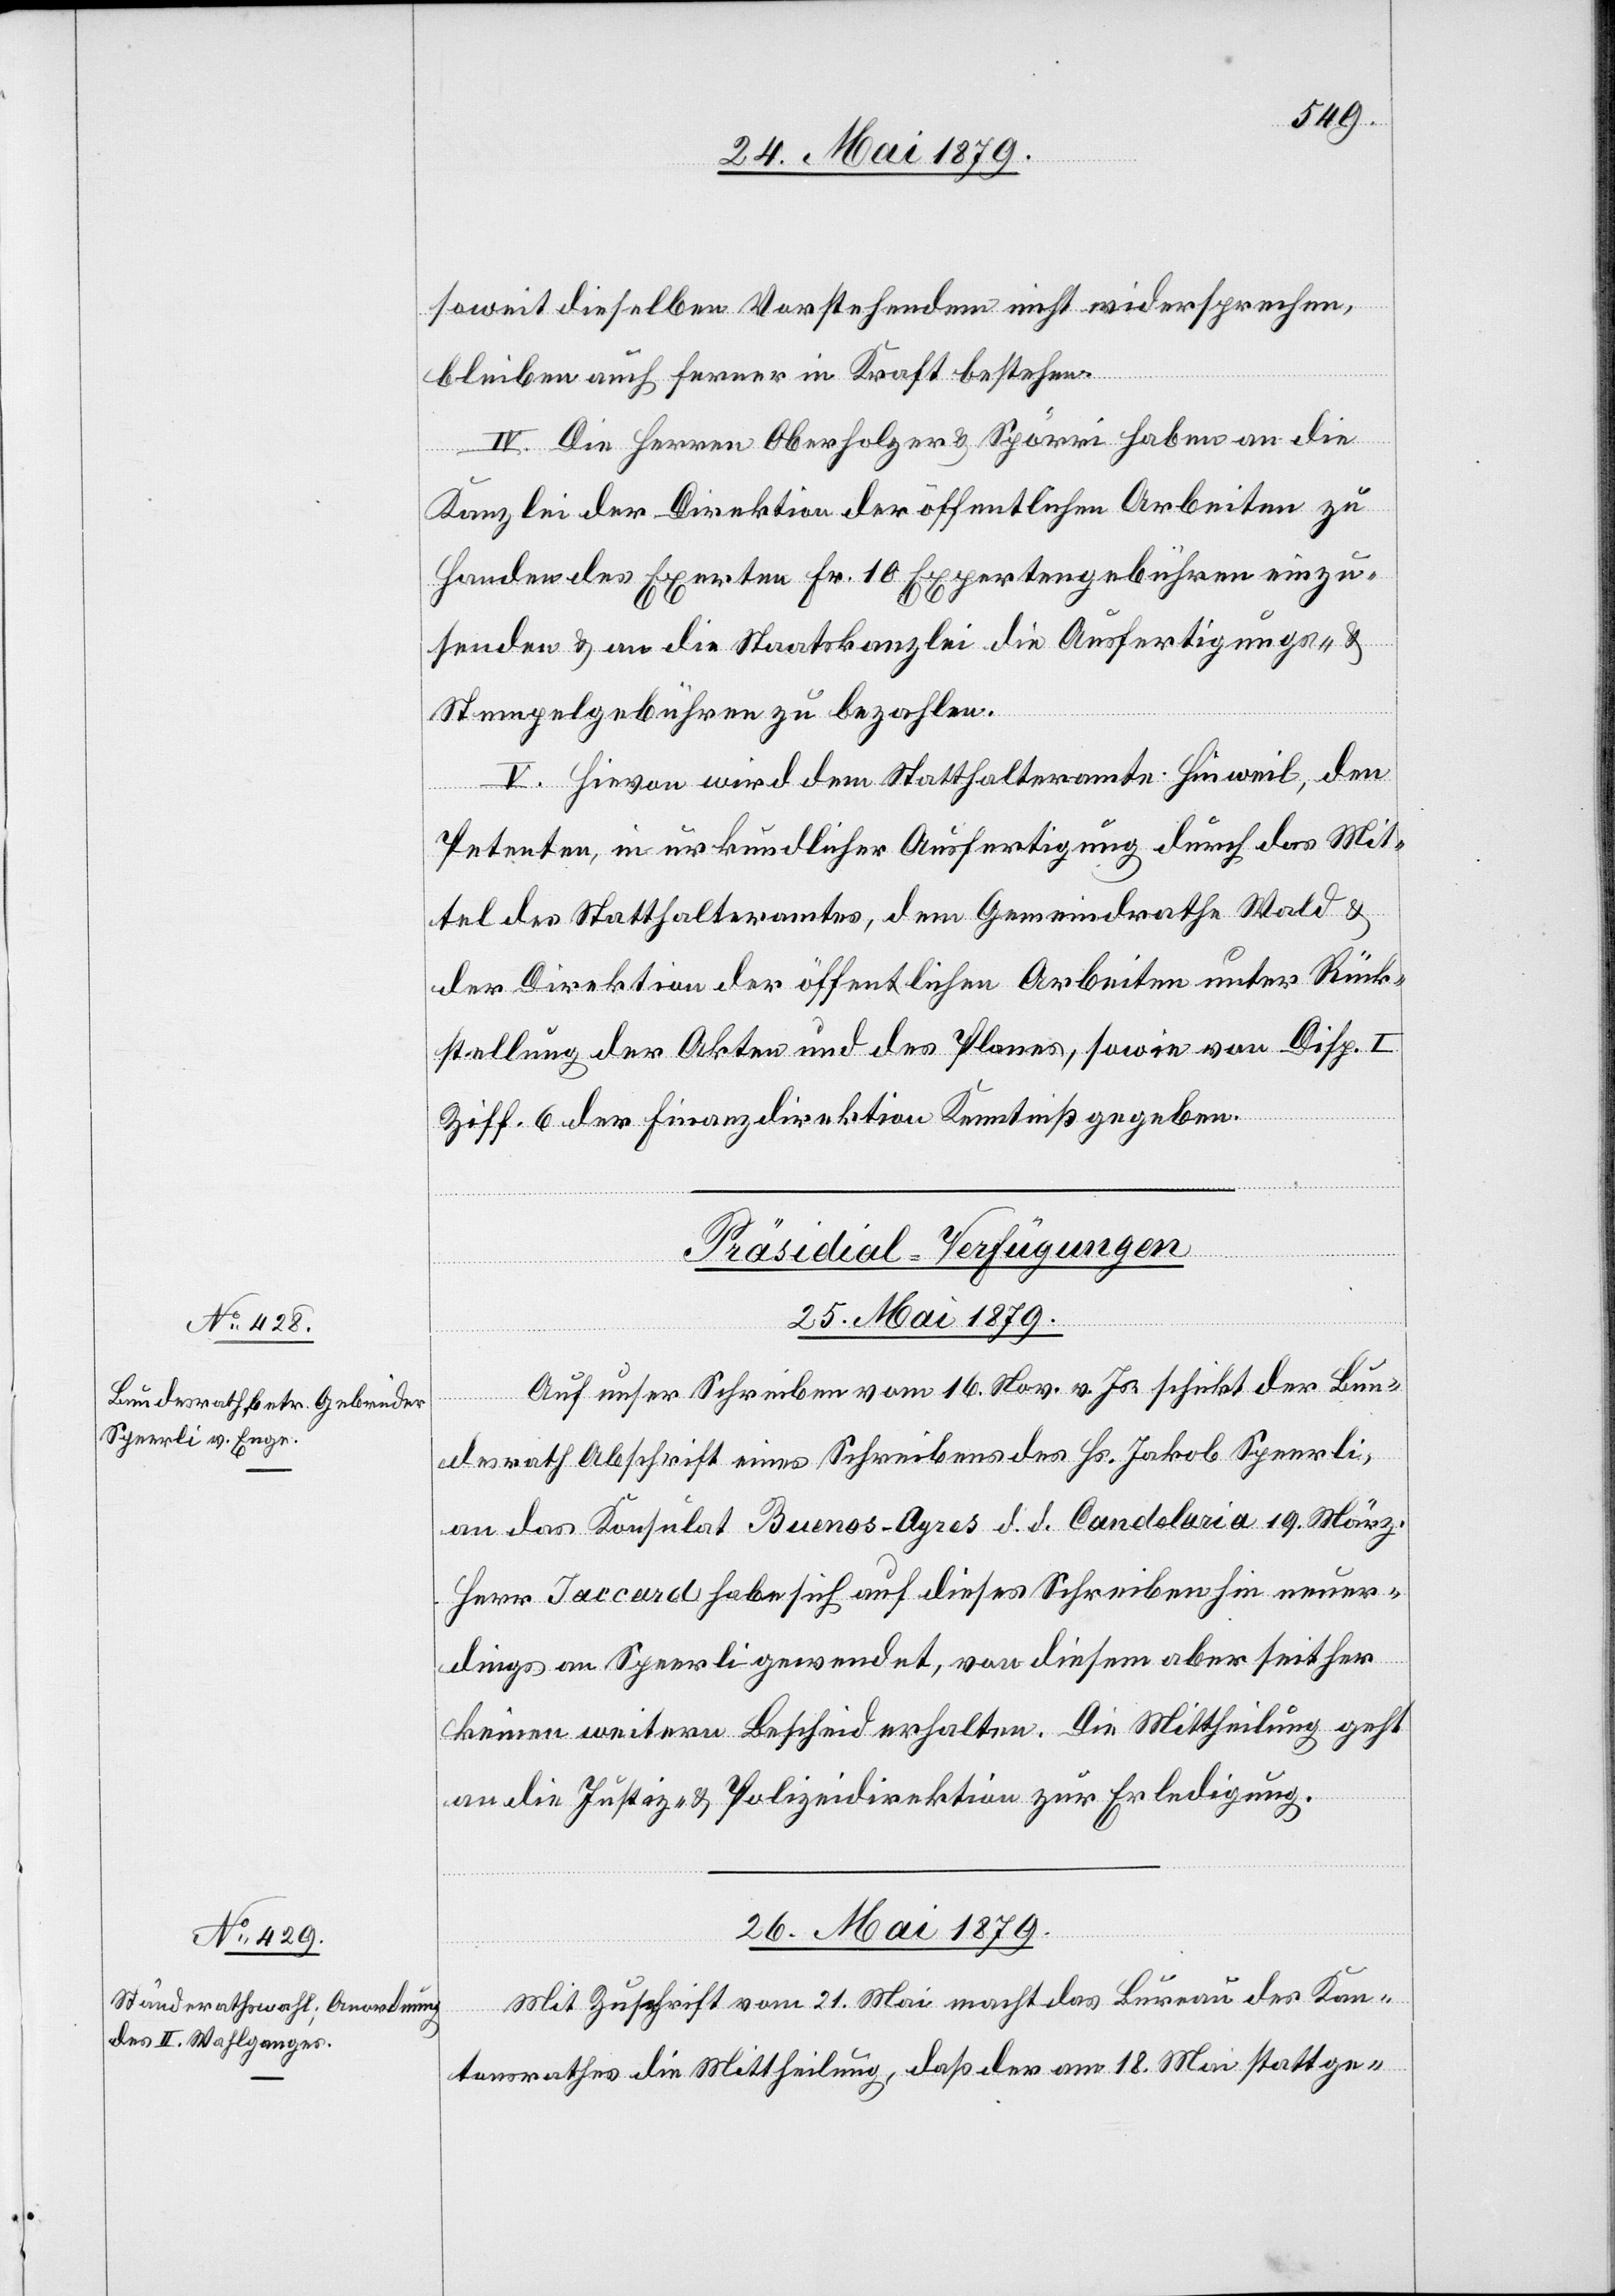
soweit dieselben Vorstehendem nicht widersprechen,
bleiben auch ferner in Kraft bestehen.
IV. Die Herren Oberholzer & Spörri haben an die
Kanzlei der Direktion der öffentlichen Arbeiten zu
Handen des Experten Fr. 10 Expertengebühren einzu¬
senden & an die Staatskanzlei die Ausfertigungs- &
Stempelgebühren zu bezahlen.
V. Hievon wird dem Statthalteramte Hinweil, den
Petenten, in urkundlicher Ausfertigung durch das Mit¬
tel des Statthalteramtes, dem Gemeindrathe Wald &
der Direktion der öffentlichen Arbeiten unter Rück¬
stellung der Akten und des Planes, sowie von Disp. I
Ziff. 6 der Finanzdirektion Kenntniß gegeben.
[Präsidial-Verfügungen]
25. Mai 1879.
Auf unser Schreiben vom 16. Nov. v. Js. schickt der Bun¬
desrath Abschrift eines Schreibens des Hs. Jakob Speerli,
an das Konsulat Buenos-Ayres d. d. Candelaria 19. März.
Herr Jaccard habe sich auf dieses Schreiben hin neuer¬
dings an Speerli gewendet, von diesem aber seither
keinen weitern Bescheid erhalten. Die Mittheilung geht
an die Justiz- & Polizeidirektion zur Erledigung.
26. Mai 1879.
Mit Zuschrift vom 21. Mai macht das Bureau des Kan¬
tonsrathes die Mittheilung, daß der am 18. Mai stattge-